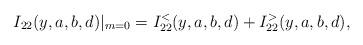
LaTeX: \begin{align*}I_{22}(y,a,b,d)|_{m=0}=I_{22}^{<}(y,a,b,d)+I_{22}^{>}(y,a,b,d),\end{align*}